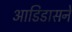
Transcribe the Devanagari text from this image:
आडिडासने